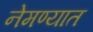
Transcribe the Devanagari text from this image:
नेमण्‍यात